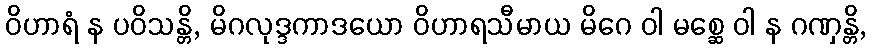
ဝိဟာရံ န ပဝိသန္တိ, မိဂလုဒ္ဒကာဒယော ဝိဟာရသီမာယ မိဂေ ဝါ မစ္ဆေ ဝါ န ဂဏှန္တိ,